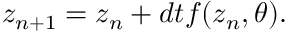
z _ { n + 1 } = z _ { n } + d t f ( z _ { n } , \theta ) .